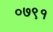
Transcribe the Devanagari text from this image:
०७९१